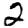
Digit: 2